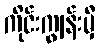
ကိုင်းကျွန်းမှီ